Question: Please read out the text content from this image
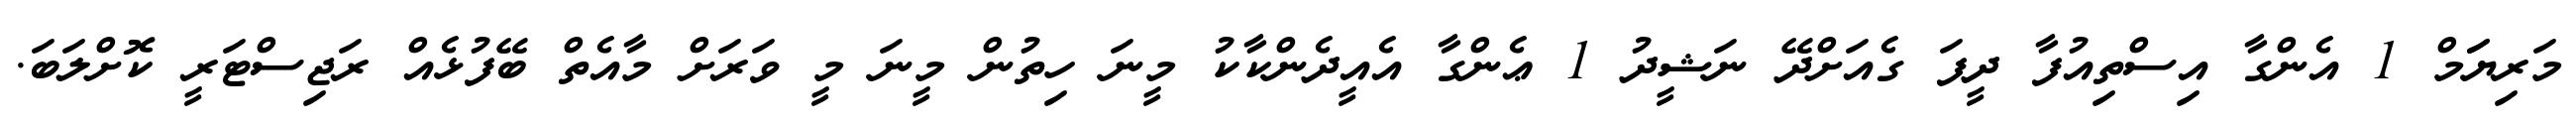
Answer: މަރިޔަަމް 1 އެންގާ އިސްތިއުފާ ދީފަ ގެއަށްދޭ ނަޝީދު 1 ޢެންގާ އެއީދެންކާކު މީނަ ހިތުން މީނަ މީ ވަރަށް މާއެތް ބޭފުޅެއް ރަޖިސްޓަރީ ކޮށްލަބަ.